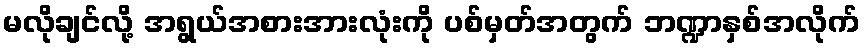
မလိုချင်လို့ အရွယ်အစားအားလုံးကို ပစ်မှတ်အတွက် ဘဏ္ဍာနှစ်အလိုက်